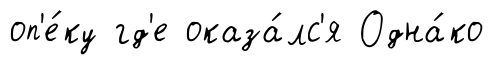
оп'е́ку гд'е оказа́лс'я Одна́ко